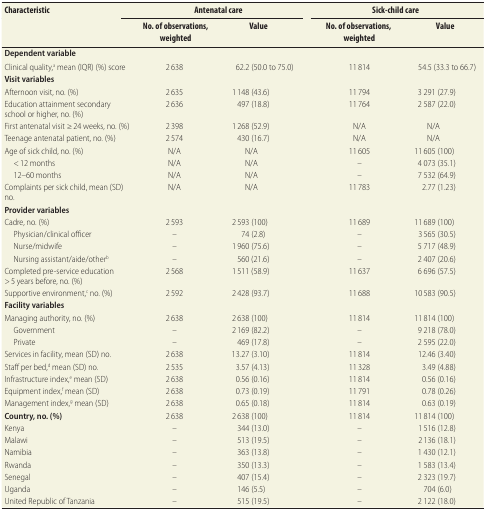
<table><thead><tr><td><b>Characteristic</b></td><td colspan="2"><b>Antenatal care</b></td><td rowspan="2"></td><td colspan="2"><b>Sick-child care</b></td></tr><tr><td></td><td><b>No. of observations, weighted</b></td><td><b>Value</b></td><td><b>No. of observations, weighted</b></td><td><b>Value</b></td></tr></thead><tbody><tr><td><b>Dependent variable</b></td><td></td><td></td><td></td><td></td><td></td></tr><tr><td>Clinical quality,<sup>a</sup> mean (IQR) (%) score</td><td>2 638</td><td>62.2 (50.0 to 75.0)</td><td></td><td>11 814</td><td>54.5 (33.3 to 66.7)</td></tr><tr><td><b>Visit variables</b></td><td></td><td></td><td></td><td></td><td></td></tr><tr><td>Afternoon visit, no. (%)</td><td>2 635</td><td>1 148 (43.6)</td><td></td><td>11 794</td><td>3 291 (27.9)</td></tr><tr><td>Education attainment secondary school or higher, no. (%)</td><td>2 636</td><td>497 (18.8)</td><td></td><td>11 764</td><td>2 587 (22.0)</td></tr><tr><td>First antenatal visit ≥ 24 weeks, no. (%)</td><td>2 398</td><td>1 268 (52.9)</td><td></td><td>N/A</td><td>N/A</td></tr><tr><td>Teenage antenatal patient, no. (%)</td><td>2 574</td><td>430 (16.7)</td><td></td><td>N/A</td><td>N/A</td></tr><tr><td>Age of sick child, no. (%)</td><td>N/A</td><td>N/A</td><td></td><td>11 605</td><td>11 605 (100)</td></tr><tr><td>&lt; 12 months</td><td>N/A</td><td>N/A</td><td></td><td>–</td><td>4 073 (35.1)</td></tr><tr><td>12–60 months</td><td>N/A</td><td>N/A</td><td></td><td>–</td><td>7 532 (64.9)</td></tr><tr><td>Complaints per sick child, mean (SD) no.</td><td>N/A</td><td>N/A</td><td></td><td>11 783</td><td>2.77 (1.23)</td></tr><tr><td><b>Provider variables</b></td><td></td><td></td><td></td><td></td><td></td></tr><tr><td>Cadre, no. (%)</td><td>2 593</td><td>2 593 (100)</td><td></td><td>11 689</td><td>11 689 (100)</td></tr><tr><td>Physician/clinical officer</td><td>–</td><td>74 (2.8)</td><td></td><td>–</td><td>3 565 (30.5)</td></tr><tr><td>Nurse/midwife</td><td>–</td><td>1 960 (75.6)</td><td></td><td>–</td><td>5 717 (48.9)</td></tr><tr><td>Nursing assistant/aide/other<sup>b</sup></td><td>–</td><td>560 (21.6)</td><td></td><td>–</td><td>2 407 (20.6)</td></tr><tr><td>Completed pre-service education &gt; 5 years before, no. (%)</td><td>2 568</td><td>1 511 (58.9)</td><td></td><td>11 637</td><td>6 696 (57.5)</td></tr><tr><td>Supportive environment,<sup>c</sup> no. (%)</td><td>2 592</td><td>2 428 (93.7)</td><td></td><td>11 688</td><td>10 583 (90.5)</td></tr><tr><td><b>Facility variables</b></td><td></td><td></td><td></td><td></td><td></td></tr><tr><td>Managing authority, no. (%)</td><td>2 638</td><td>2 638 (100)</td><td></td><td>11 814</td><td>11 814 (100)</td></tr><tr><td>Government</td><td>–</td><td>2 169 (82.2)</td><td></td><td>–</td><td>9 218 (78.0)</td></tr><tr><td>Private</td><td>–</td><td>469 (17.8)</td><td></td><td>–</td><td>2 595 (22.0)</td></tr><tr><td>Services in facility, mean (SD) no.</td><td>2 638</td><td>13.27 (3.10)</td><td></td><td>11 814</td><td>12.46 (3.40)</td></tr><tr><td>Staff per bed,<sup>d</sup> mean (SD) no.</td><td>2 535</td><td>3.57 (4.13)</td><td></td><td>11 328</td><td>3.49 (4.88)</td></tr><tr><td>Infrastructure index,<sup>e</sup> mean (SD)</td><td>2 638</td><td>0.56 (0.16)</td><td></td><td>11 814</td><td>0.56 (0.16)</td></tr><tr><td>Equipment index,<sup>f</sup> mean (SD)</td><td>2 638</td><td>0.73 (0.19)</td><td></td><td>11 791</td><td>0.78 (0.26)</td></tr><tr><td>Management index,<sup>g</sup> mean (SD)</td><td>2 638</td><td>0.65 (0.18)</td><td></td><td>11 814</td><td>0.63 (0.19)</td></tr><tr><td><b>Country, no. (%)</b></td><td>2 638</td><td>2 638 (100)</td><td></td><td>11 814</td><td>11 814 (100)</td></tr><tr><td> Kenya</td><td>–</td><td>344 (13.0)</td><td></td><td>–</td><td>1 516 (12.8)</td></tr><tr><td>Malawi</td><td>–</td><td>513 (19.5)</td><td></td><td>–</td><td>2 136 (18.1)</td></tr><tr><td>Namibia</td><td>–</td><td>363 (13.8)</td><td></td><td>–</td><td>1 430 (12.1)</td></tr><tr><td>Rwanda</td><td>–</td><td>350 (13.3)</td><td></td><td>–</td><td>1 583 (13.4)</td></tr><tr><td>Senegal</td><td>–</td><td>407 (15.4)</td><td></td><td>–</td><td>2 323 (19.7)</td></tr><tr><td>Uganda</td><td>–</td><td>146 (5.5)</td><td></td><td>–</td><td>704 (6.0)</td></tr><tr><td>United Republic of Tanzania</td><td>–</td><td>515 (19.5)</td><td></td><td>–</td><td>2 122 (18.0)</td></tr></tbody></table>